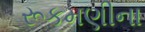
રૂકમણીના